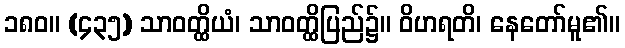
၁၈၀။ (၄၃၅) သာဝတ္ထိယံ၊ သာဝတ္ထိပြည်၌။ ဝိဟရတိ၊ နေတော်မူ၏။